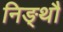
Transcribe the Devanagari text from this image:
निङ्थौ